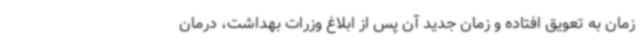
زمان به تعویق افتاده و زمان جدید آن پس از ابلاغ وزرات بهداشت، درمان